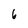
Character: 6